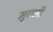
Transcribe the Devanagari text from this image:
मुराली